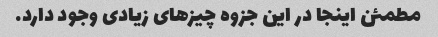
مطمئن اینجا در این جزوه چیزهای زیادی وجود دارد.